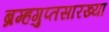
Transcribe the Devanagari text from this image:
ब्रम्हगुप्तसारख्या